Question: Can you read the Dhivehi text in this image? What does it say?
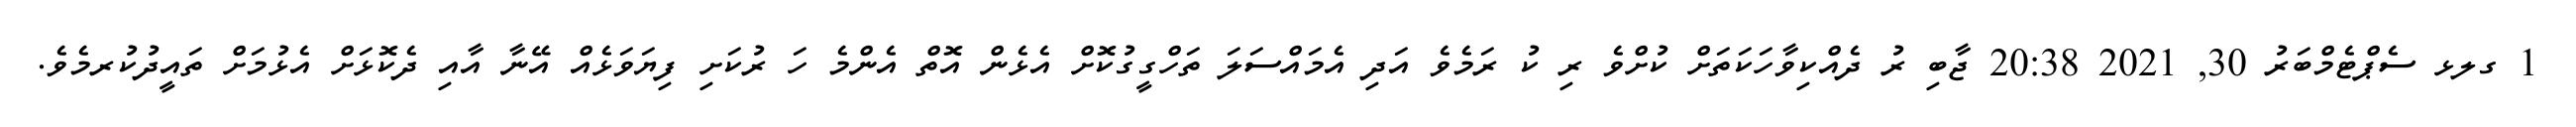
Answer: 1 ގލޅ ސެޕްޓެމްބަރު 30, 2021 20:38 ޖާބި ރު ދެއްކިވާހަކަތަށް ކުށްވެ ރި ކު ރަމެވެ އަދި އެމައްސަލަ ތަހްގީގުކޮށް އެޅެން އޮތް އެންމެ ހަ ރުކަށި ފިޔަވަޅެއް އޭނާ އާއި ދެކޮޅަށް އެޅުމަށް ތައީދުކުރމެވެ.